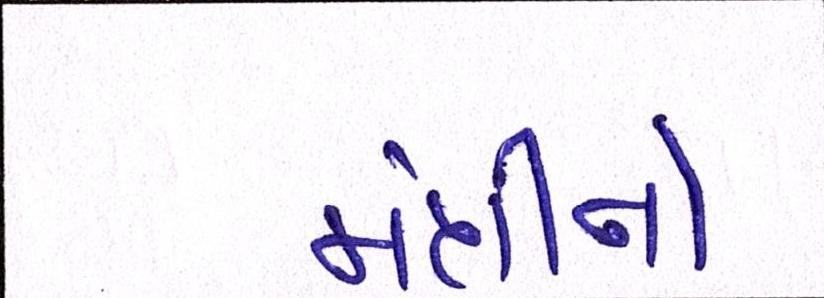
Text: મંત્રીનો